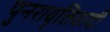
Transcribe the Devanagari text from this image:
पुनरावृत्तिवादी